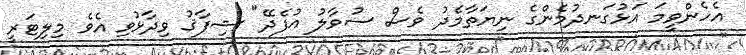
އެހެންވީމަ އަޅުގަނދުމެންގެ ނިޔަތާމެދު ވެސް ސުވާލު އުފެދޭ" ޝިފާޤު ވިދާޅުވި އެވެ މިލިޓަރީ